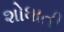
શોધાતી